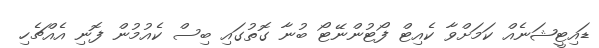
ޑައިޓީޝަނެއް ކަމަށްވާ ކެއިޓް ފޯޓުންނޭޓޯ ބުނާ ގޮތުގައި ބިސް ކެއުމުން ފޮނި އެއްޗެހި